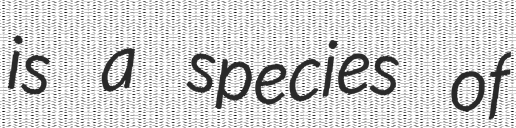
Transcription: is a species of